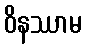
ဝိနဿာမ